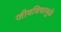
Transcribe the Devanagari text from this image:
जीवविषामुळे